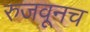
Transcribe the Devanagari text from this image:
रुजवूनच